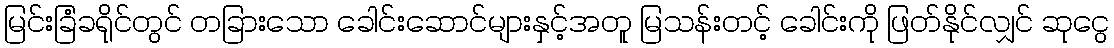
မြင်းခြံခရိုင်တွင် တခြားသော ခေါင်းဆောင်များနှင့်အတူ မြသန်းတင့် ခေါင်းကို ဖြတ်နိုင်လျှင် ဆုငွေ